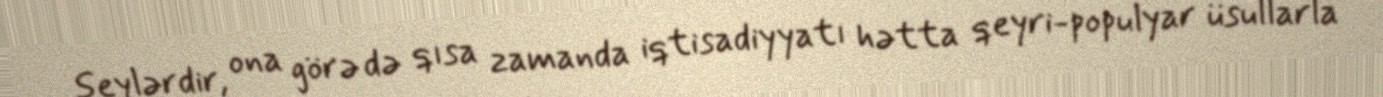
şeylərdir, ona görə də qısa zamanda iqtisadiyyatı hətta qeyri-populyar üsullarla